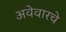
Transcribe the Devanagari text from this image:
अवेवारचे